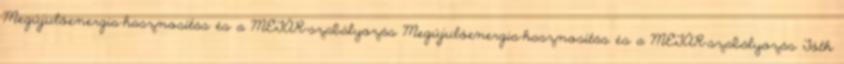
Megújulóenergia-hasznosítás és a METÁR-szabályozás Megújulóenergia-hasznosítás és a METÁR-szabályozás Tóth